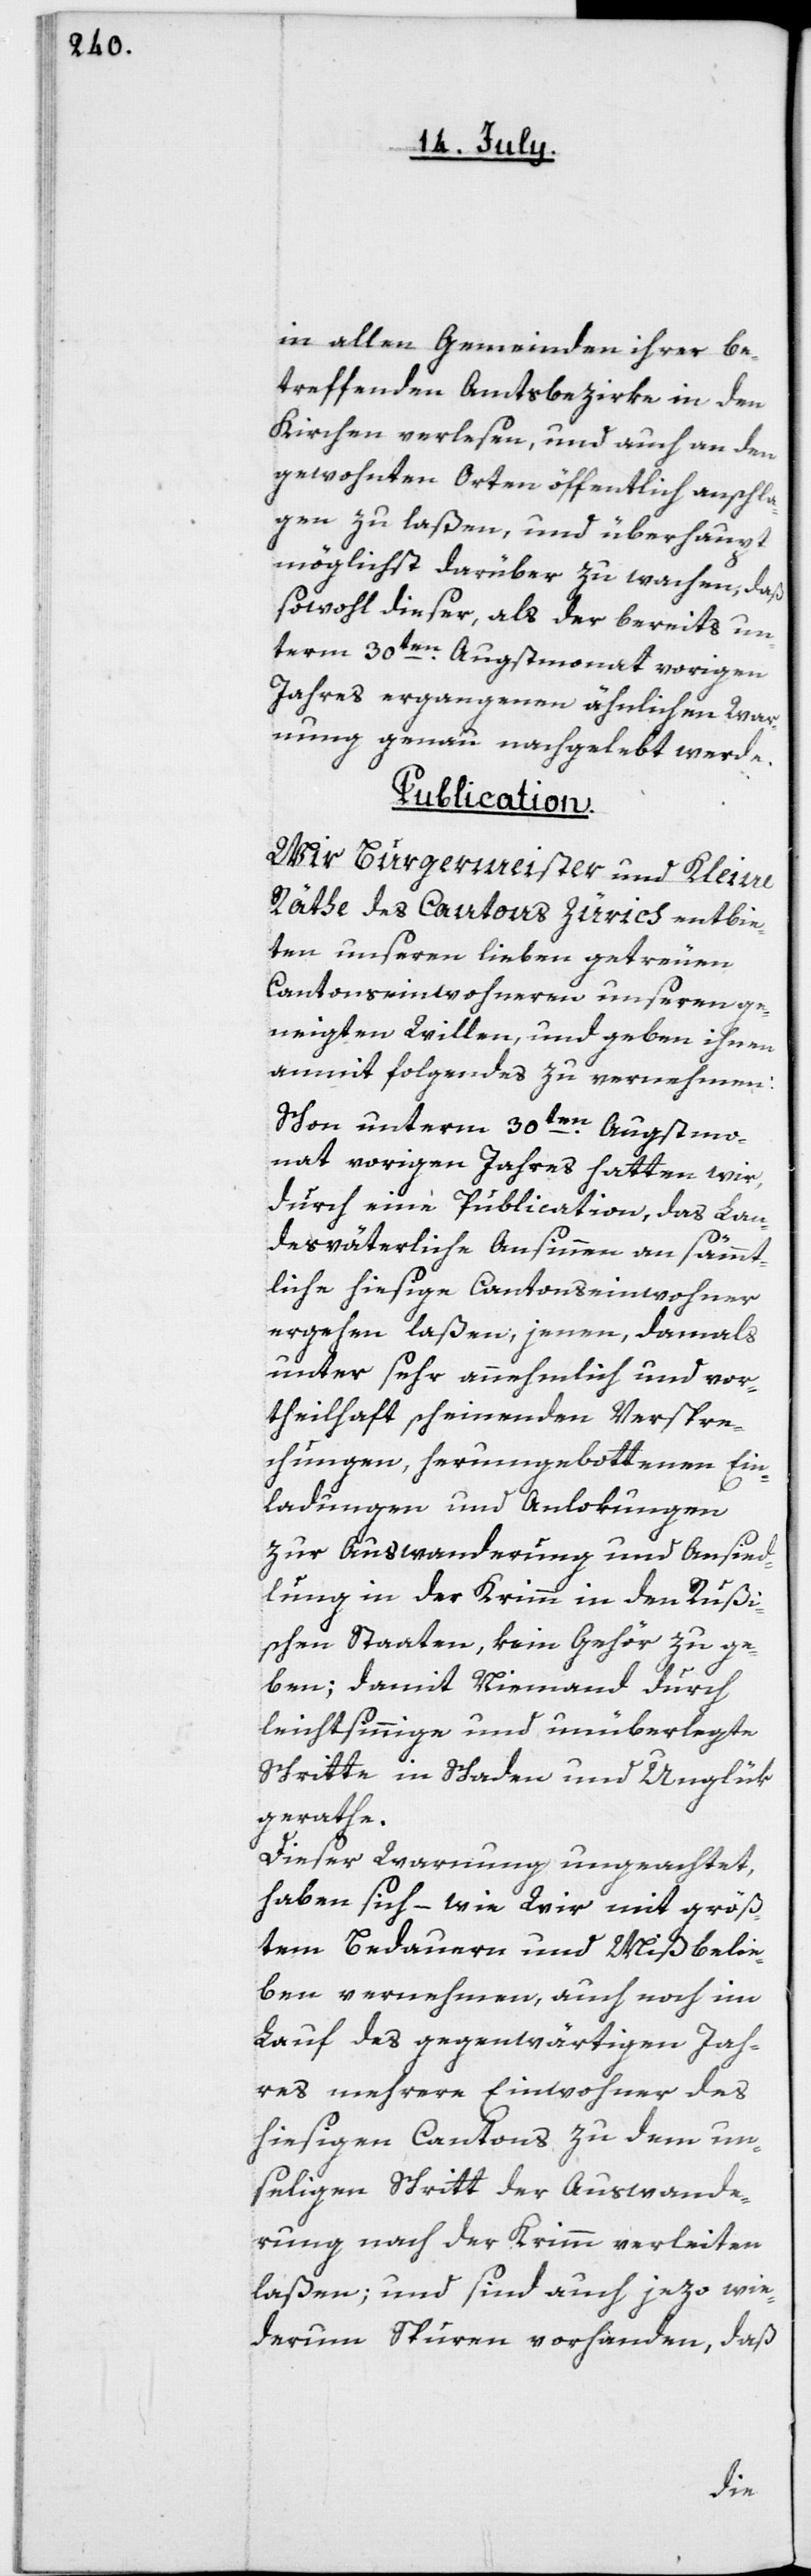
in allen Gemeinden ihrer be¬
treffenden Amtsbezirke in den
Kirchen verlesen, und auch an den
gewohnten Orten öffentlich anschla¬
gen zu laßen, und überhaupt
möglichst darüber zu wachen, daß
sowohl dieser, als der bereits un¬
term 30ten Augstmonat vorigen
Jahres ergangenen ähnlichen War¬
nung genau nachgelebt werde.
Publication.
Wir Burgermeister und Kleine
Räthe des Cantons Zürich entbie¬
ten unseren lieben getreuen
Cantonseinwohneren unseren ge¬
neigten Willen, und geben ihnen
anmit Folgendes zu vernehmen:
Schon unterm 30ten Augstmo¬
nat vorigen Jahres hatten wir,
durch eine Publication, das Lan¬
desväterliche Ansinnen an sämmt¬
liche hiesige Cantonseinwohner
ergehen laßen, jenen, damals
unter sehr annehmlich und vor¬
theilhaft scheinenden Verspre¬
chungen, herumgebottenen Ein¬
ladungen und Anlokungen
zur Auswanderung und Ansied¬
lung in der Krimm in den Rußi¬
schen Staaten, kein Gehör zu ge¬
ben, damit Niemand durch
leichtsinnige und unüberlegte
Schritte in Schaden und Unglük
gerathe.
Dieser Warnung ungeachtet,
haben sich – wie Wir mit größ¬
tem Bedauern und Mißbelie¬
ben vernehmen, auch noch im
Lauf des gegenwärtigen Jah¬
res mehrere Einwohner des
hiesigen Cantons zu dem un¬
seligen Schritt der Auswande¬
rung nach der Krimm verleiten
laßen; und sind auch jezo wie¬
derum Spuren vorhanden, daß